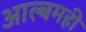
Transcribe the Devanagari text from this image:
आल्बमही